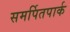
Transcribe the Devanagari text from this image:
समर्पितपार्क